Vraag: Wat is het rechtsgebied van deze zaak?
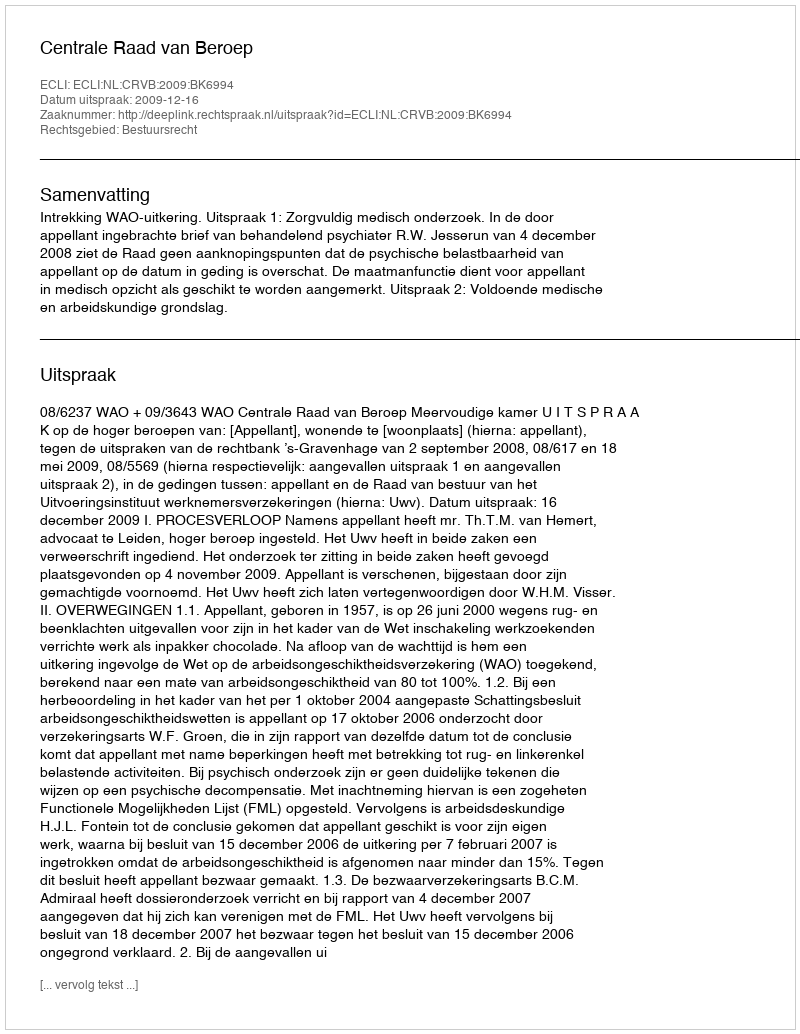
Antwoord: Bestuursrecht